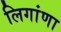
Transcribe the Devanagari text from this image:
लिगांणा